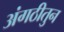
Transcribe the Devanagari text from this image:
अंगठीतुन